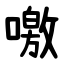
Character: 噭